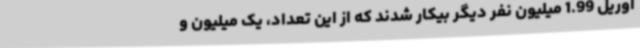
آوریل 1.99 میلیون نفر دیگر بیکار شدند که از این تعداد، یک میلیون و